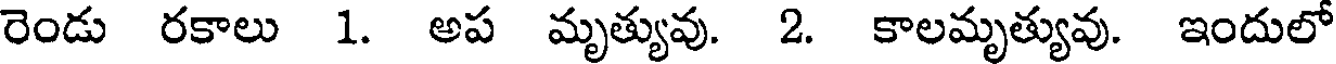
రెండు రకాలు 1. అప మృత్యువు. 2. కాలమృత్యువు. ఇందులో